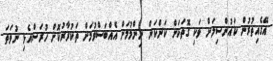
އޭގެއިތުރުން ކައުންސިލަށް ވަކި ގޮތަކަށް ކަންކަން ނިންމުމަށް އެއްބަސްވުމަށް ތަކުރާރުކޮށް ހުރަސްއެޅި ނުވަތަ